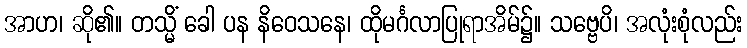
အာဟ၊ ဆို၏။ တသ္မိံ ခေါ ပန နိဝေသနေ၊ ထိုမင်္ဂလာပြုရာအိမ်၌။ သဗ္ဗေပိ၊ အလုံးစုံလည်း